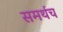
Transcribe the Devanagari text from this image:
समर्थच